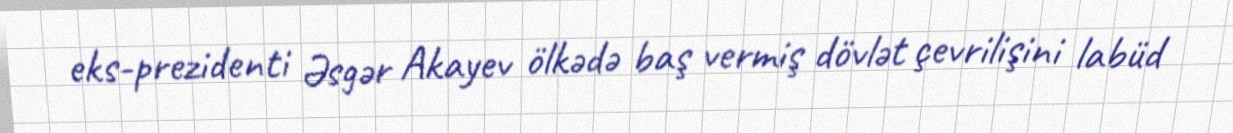
eks-prezidenti Əsgər Akayev ölkədə baş vermiş dövlət çevrilişini labüd